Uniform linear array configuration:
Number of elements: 48
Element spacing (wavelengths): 0.5
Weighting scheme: binomial
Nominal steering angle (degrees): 30
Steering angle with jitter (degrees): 30.657
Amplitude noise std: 0.05
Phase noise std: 0.05

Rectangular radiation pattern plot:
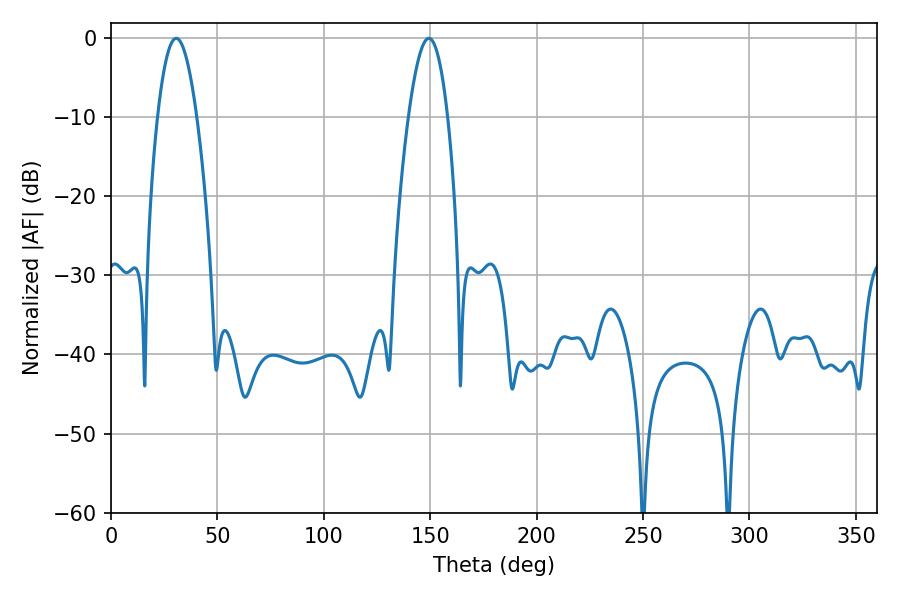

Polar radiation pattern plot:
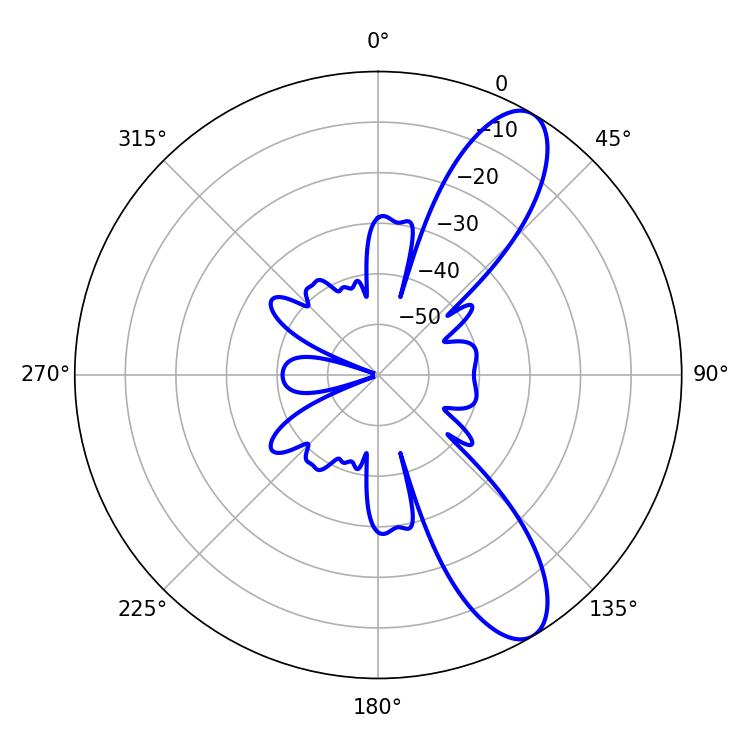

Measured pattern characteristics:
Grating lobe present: FALSE
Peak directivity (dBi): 10.143
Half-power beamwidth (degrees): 10.08
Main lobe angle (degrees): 30.6